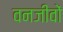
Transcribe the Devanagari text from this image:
वनजीवों